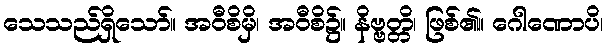
သေသည်ရှိသော်။ အဝီစိမှိ၊ အဝီစိ၌။ နိဗ္ဗတ္တိ၊ ဖြစ်၏။ ဂေါဏောပိ၊